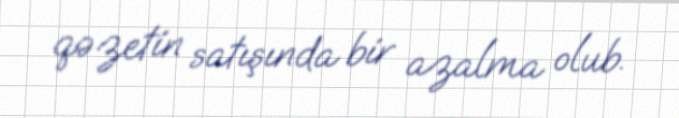
qəzetin satışında bir azalma olub.